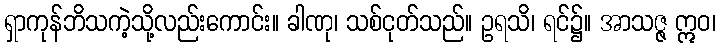
ရှာကုန်ဘိသကဲ့သို့လည်းကောင်း။ ခါဏု၊ သစ်ငုတ်သည်။ ဥရသိ၊ ရင်၌။ အာသဇ္ဇ ဣဝ၊